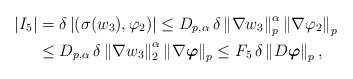
\begin{align*}\left|I_5\right|&=\delta \left|\left(\sigma(w_3),\varphi_2\right)\right|\leq D_{p,\alpha} \,\delta\left\|\nabla w_3\right\|^\alpha_p\left\|\nabla\varphi_2\right\|_{p}\\&\leq D_{p,\alpha}\,\delta\left\|\nabla w_3\right\|^\alpha_2\left\|\nabla\boldsymbol\varphi\right\|_{p}\leq F_5\,\delta\left\|D\boldsymbol\varphi\right\|_{p},\end{align*}